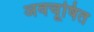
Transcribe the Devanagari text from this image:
अवचूषित